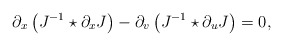
\begin{align*}\partial_x\left(J^{-1}\star\partial_xJ\right)-\partial_v\left(J^{-1}\star\partial_uJ\right)=0,\end{align*}